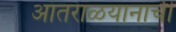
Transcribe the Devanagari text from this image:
आंतराळयानाची